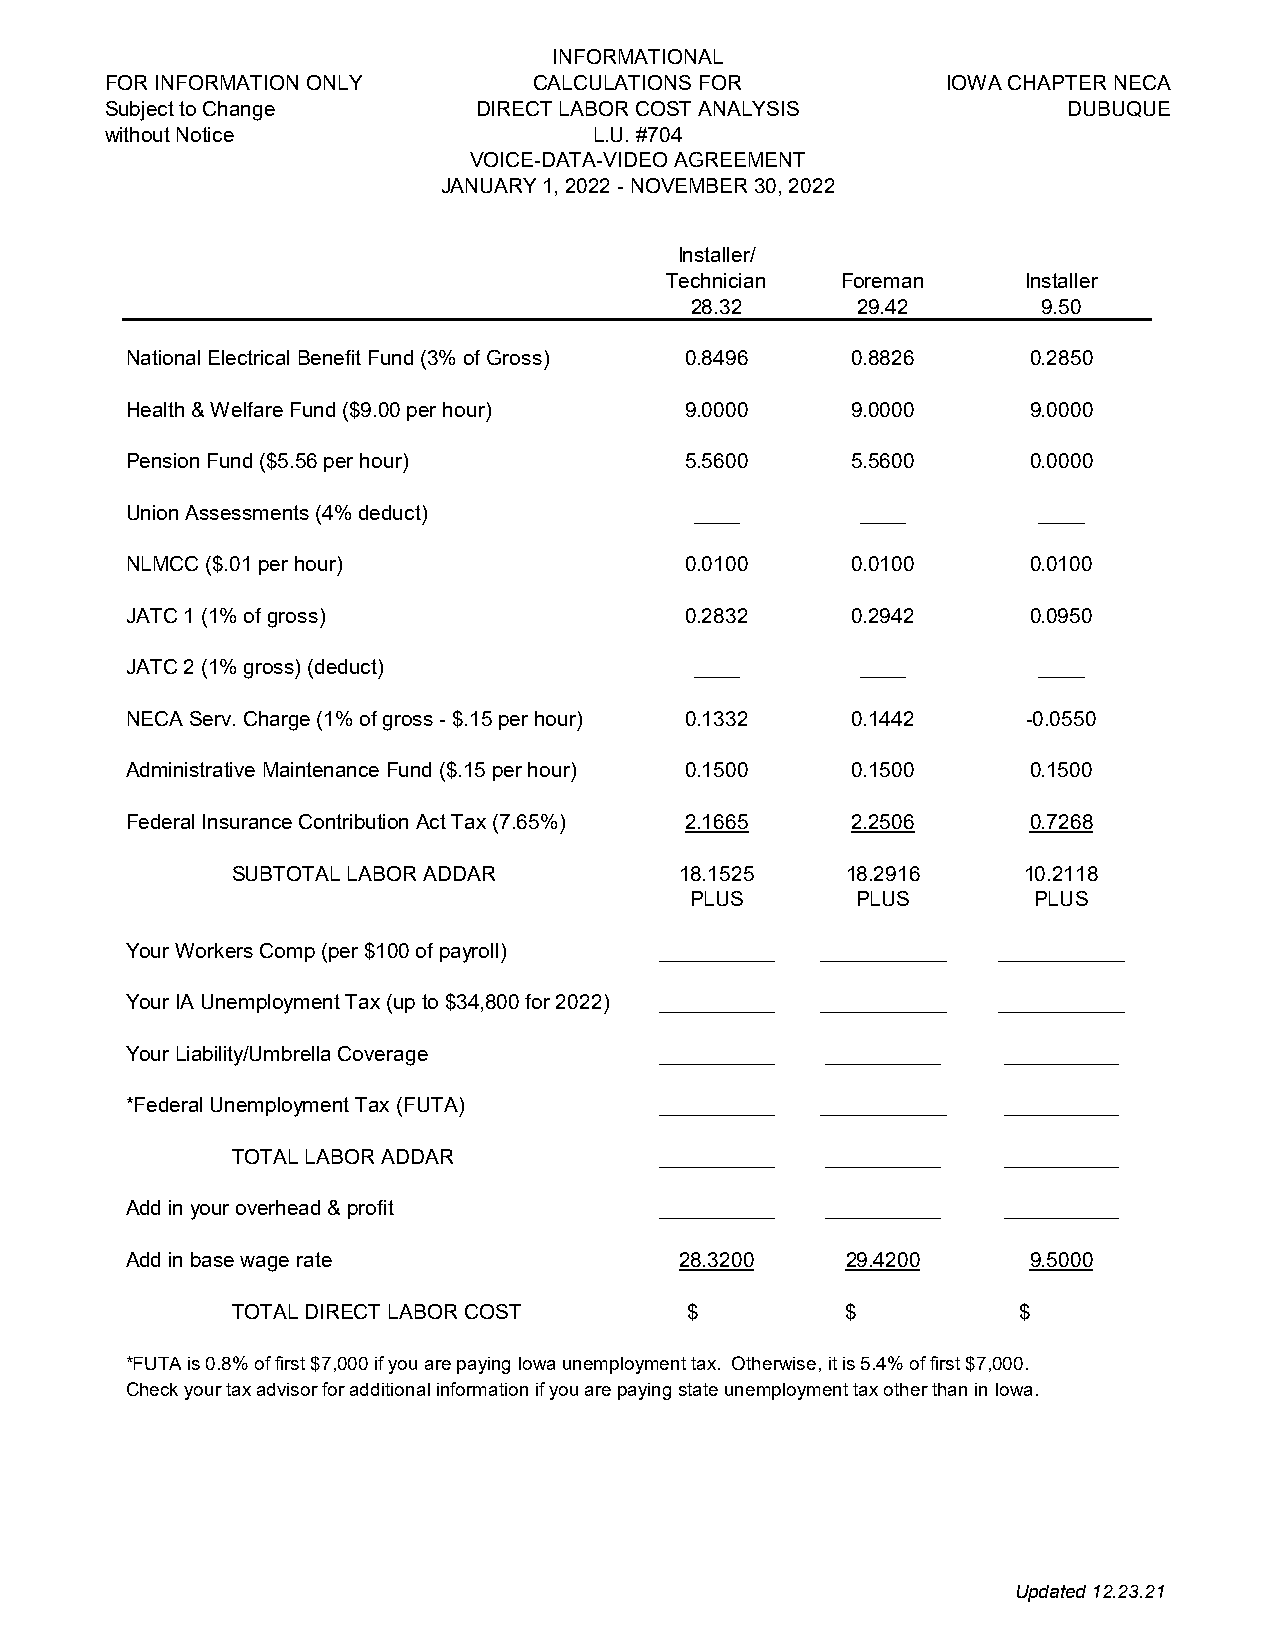
INFORMATIONAL
 FOR INFORMATION ONLY        CALCULATIONS FOR           IOWA CHAPTER NECA
 Subject to Change       DIRECT LABOR COST ANALYSIS             DUBUQUE
 without Notice                  L.U. #704
 VOICE-DATA-VIDEO AGREEMENT
 JANUARY 1, 2022 - NOVEMBER 30, 2022
 Installer/
 Technician Foreman     Installer
 28.32      29.42        9.50
 National Electrical Benefit Fund (3% of Gross) 0.8496 0.8826 0.2850
 Health & Welfare Fund ($9.00 per hour) 9.0000   9.0000      9.0000
 Pension Fund ($5.56 per hour)        5.5600     5.5600      0.0000
 Union Assessments (4% deduct)         ____       ____       ____
 NLMCC ($.01 per hour)                0.0100     0.0100      0.0100
 JATC 1 (1% of gross)                 0.2832     0.2942      0.0950
 JATC 2 (1% gross) (deduct)            ____       ____       ____
 NECA Serv. Charge (1% of gross - $.15 per hour) 0.1332 0.1442 -0.0550
 Administrative Maintenance Fund ($.15 per hour) 0.1500 0.1500 0.1500
 Federal Insurance Contribution Act Tax (7.65%) 2.1665 2.2506 0.7268
 SUBTOTAL LABOR ADDAR          18.1525    18.2916    10.2118
 PLUS       PLUS        PLUS
 Your Workers Comp (per $100 of payroll) __________ ___________ ___________
 Your IA Unemployment Tax (up to $34,800 for 2022) __________ ___________ ___________
 Your Liability/Umbrella Coverage   __________ __________  __________
 *Federal Unemployment Tax (FUTA)   __________ ___________ __________
 TOTAL LABOR ADDAR           __________ __________  __________
 Add in your overhead & profit      __________ __________  __________
 Add in base wage rate                28.3200    29.4200     9.5000
 TOTAL DIRECT LABOR COST       $          $          $
 *FUTA is 0.8% of first $7,000 if you are paying Iowa unemployment tax. Otherwise, it is 5.4% of first $7,000.
 Check your tax advisor for additional information if you are paying state unemployment tax other than in Iowa.
 Updated 12.23.21